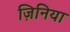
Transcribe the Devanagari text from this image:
ज़िनिया